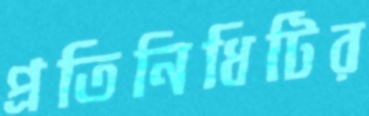
প্রতিনিধিটির